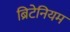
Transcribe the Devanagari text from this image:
ब्रिटेनियम